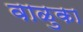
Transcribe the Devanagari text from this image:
वाळुका